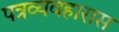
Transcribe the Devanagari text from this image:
पत्रव्यवहारास